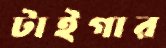
টাইগার